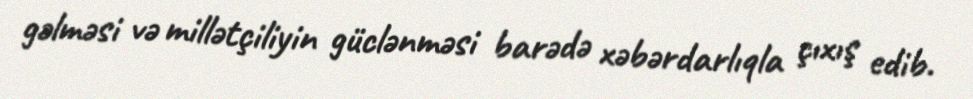
gəlməsi və millətçiliyin güclənməsi barədə xəbərdarlıqla çıxış edib.